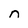
Character: n